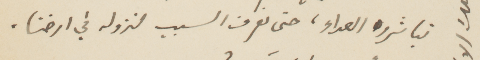
تباشروا العداء، حتى نعرف السبب لنزوله في ارضا.